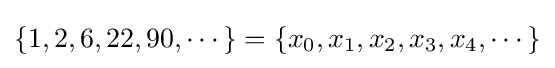
\{1,2,6,22,90,\cdots \}=\{x_{0},x_{1},x_{2},x_{3},x_{4},\cdots \}